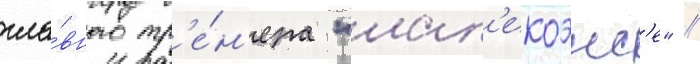
гла́вного тр'е́н'ера "шап'екоэнс'е" //